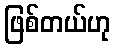
ဖြစ်တယ်ဟု